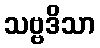
သဗ္ဗဒိသာ